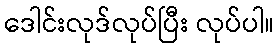
ဒေါင်းလုဒ်လုပ်ပြီး လုပ်ပါ။